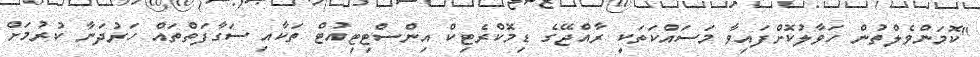
"ކޮމަންވެލްތުން ހަވާލުކޮށްފައިވާ މަސައްކަތަކީ ރާއްޖޭގެ ޑިމޮކްރެޓިކް އިންސްޓިޓިއުޓް ތަކާއި ސަގާފަތްތައް ހަރުދަނާ ކުރުމަށް